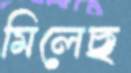
মিলেছ